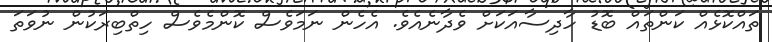
ތައްކޮޅެއް ކަންތައް ބޮޑު ހާދިސާއަކަށް ވެދާނެއެވެ. އެހެން ނަމަވެސް ކޮންމެވެސް ހިތްބިރަކުން ނުވަތަ